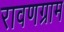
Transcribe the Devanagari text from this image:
रावणग्राम